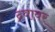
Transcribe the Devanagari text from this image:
द्रवावर